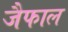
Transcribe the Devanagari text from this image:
जैफाल